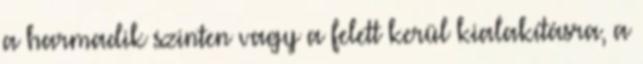
a harmadik szinten vagy a felett kerül kialakításra, a